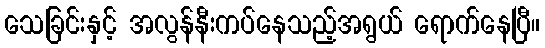
သေခြင်းနှင့် အလွန်နီးကပ်နေသည့်အရွယ် ရောက်နေပြီ။